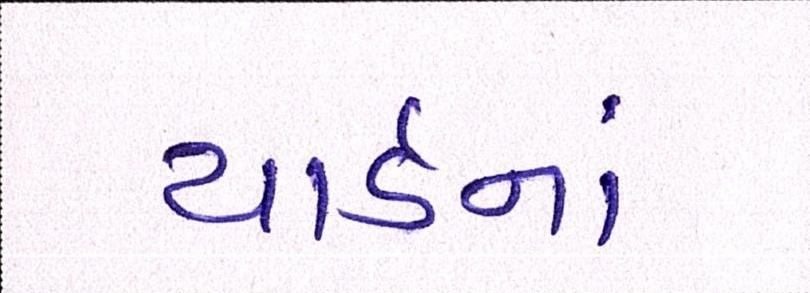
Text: યાર્ડનાં